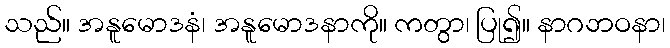
သည်။ အနူမောဒနံ၊ အနူမောဒနာကို။ ကတွာ၊ ပြု၍။ နာဂဘဝနာ၊